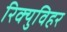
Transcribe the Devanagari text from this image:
रिक्युविहर